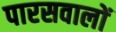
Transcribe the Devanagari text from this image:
पारसवालों